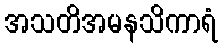
အသတိအမနသိကာရံ